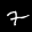
Label: 7